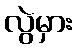
လွဲမှား